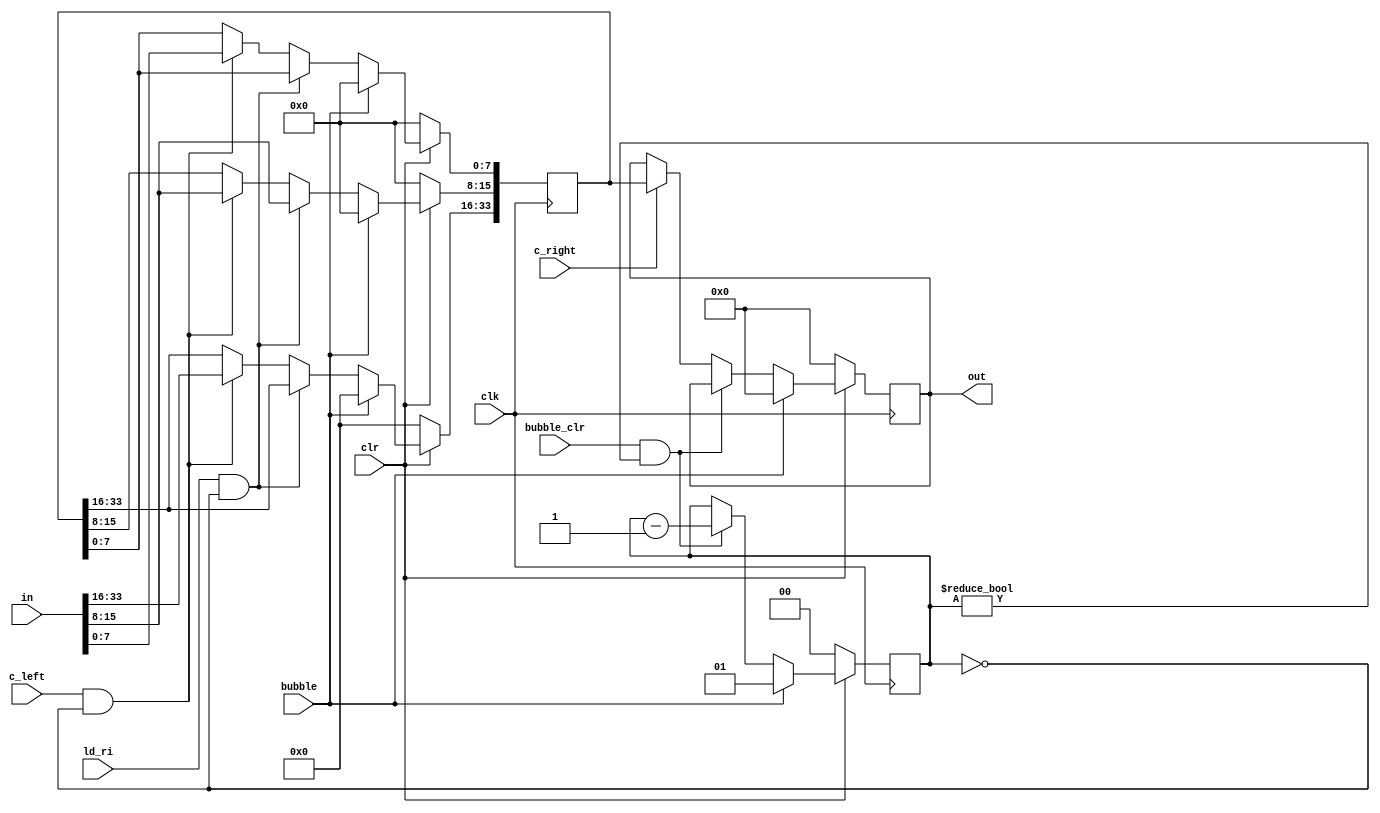
`timescale 1ns / 1ps
///////////////////////////////////////////////////////////////////////////////////////
//John Wright & Danny Peters
//University of Kentucky
//EE480 Spring 2011
//DV Final Project
//
//psr0.v
//
//The pipeline stage register between stages 0 and 1.
//  clear when clr = 0
//  load left side when c_l = 1
//  shift left to right when c_r = 1
//  load only Ri when ld_ri = 1
//
///////////////////////////////////////////////////////////////////////////////////////
module psr(in, out, c_left, c_right, ld_ri, bubble, bubble_clr, clr, clk);
    parameter size = 34;
    parameter ri_lsb = 8;
    input [size-1:0] in;
    output reg [size-1:0] out;
    reg [size-1:0] in_data;
    input c_left;
    input c_right;
    input ld_ri;
    input bubble;
    input bubble_clr;
    input clr;
    input clk;
    
    reg [1:0] bubble_reg;
    
    always@(posedge clk)
    begin
        if(clr == 0)            //clear to 0s
        begin
            out <= 0;
            in_data <= 0;
            bubble_reg <= 0;
        end
        else if(bubble == 1)
        begin
            out <= 0;
            in_data <= 0;
            bubble_reg <= 1;
        end
        else
        begin
            if(ld_ri == 1 && bubble_reg == 0)          //load ri
            begin
                in_data[ri_lsb-1:0] <= in_data[ri_lsb-1:0];
                in_data[ri_lsb+7:ri_lsb] <= in[ri_lsb+7:ri_lsb];
                in_data[size-1:ri_lsb+8] <= in_data[size-1:ri_lsb+8];
            end
            else if(c_left == 1 && bubble_reg == 0)    //load all
                in_data <= in;
            else                    //store
                in_data <= in_data;
            if(bubble_clr == 1 && bubble_reg != 0)     //bubble
            begin
                bubble_reg <= bubble_reg - 1;
            end
            else if(c_right == 1)                   //shift right
                out <= in_data;
            else                    //store
                out <= out;
        end
    end
    
endmodule